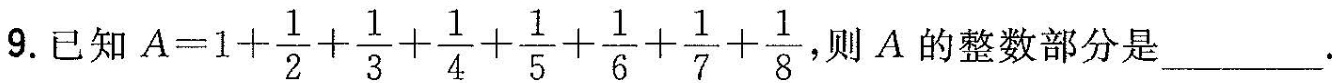
9.已知$$A=1+ \frac{1}{2}+ \frac{1}{3}+ \frac{1}{4}+ \frac{1}{5}+ \frac{1}{6}+ \frac{1}{7}+ \frac{1}{8}$$，则A的整数部分是___。